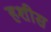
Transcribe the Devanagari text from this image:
हशीस